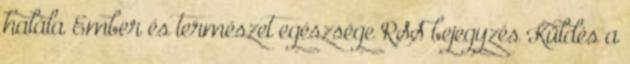
halála Ember és természet egészsége RSS bejegyzés Küldés a